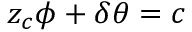
z _ { c } \phi + \delta \theta = c